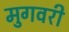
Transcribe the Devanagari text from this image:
मुगवरी